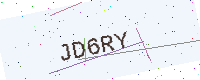
Text: JD6RY